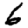
Digit: 6